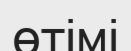
өтімі